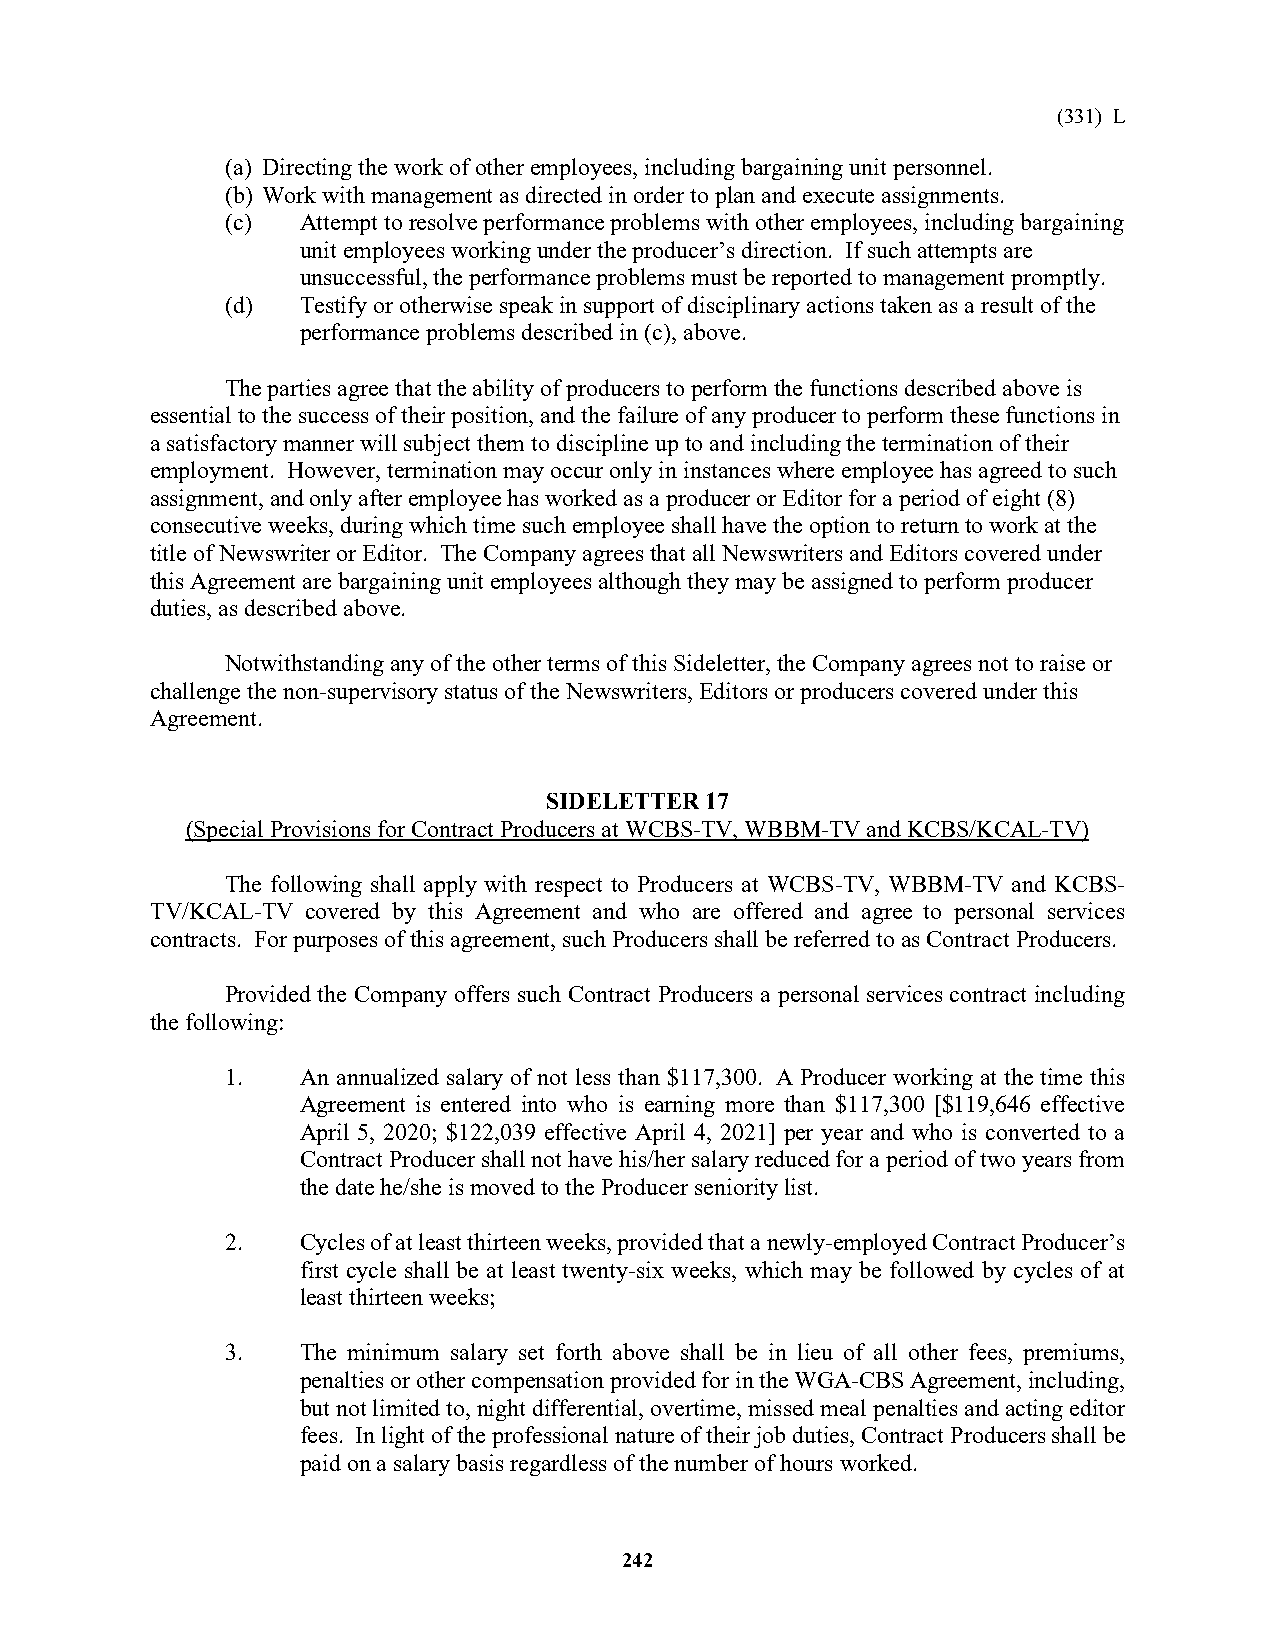
(331) L
 (a) Directing the work of other employees, including bargaining unit personnel.
 (b) Work with management as directed in order to plan and execute assignments.
 (c)  Attempt to resolve performance problems with other employees, including bargaining
 unit employees working under the producer’s direction. If such attempts are
 unsuccessful, the performance problems must be reported to management promptly.
 (d)  Testify or otherwise speak in support of disciplinary actions taken as a result of the
 performance problems described in (c), above.
 The parties agree that the ability of producers to perform the functions described above is
 essential to the success of their position, and the failure of any producer to perform these functions in
 a satisfactory manner will subject them to discipline up to and including the termination of their
 employment. However, termination may occur only in instances where employee has agreed to such
 assignment, and only after employee has worked as a producer or Editor for a period of eight (8)
 consecutive weeks, during which time such employee shall have the option to return to work at the
 title of Newswriter or Editor. The Company agrees that all Newswriters and Editors covered under
 this Agreement are bargaining unit employees although they may be assigned to perform producer
 duties, as described above.
 Notwithstanding any of the other terms of this Sideletter, the Company agrees not to raise or
 challenge the non-supervisory status of the Newswriters, Editors or producers covered under this
 Agreement.
 SIDELETTER 17
 (Special Provisions for Contract Producers at WCBS-TV, WBBM-TV and KCBS/KCAL-TV)
 The following shall apply with respect to Producers at WCBS-TV, WBBM-TV and KCBS-
 TV/KCAL-TV covered by this Agreement and who are offered and agree to personal services
 contracts. For purposes of this agreement, such Producers shall be referred to as Contract Producers.
 Provided the Company offers such Contract Producers a personal services contract including
 the following:
 1.   An annualized salary of not less than $117,300. A Producer working at the time this
 Agreement is entered into who is earning more than $117,300 [$119,646 effective
 April 5, 2020; $122,039 effective April 4, 2021] per year and who is converted to a
 Contract Producer shall not have his/her salary reduced for a period of two years from
 the date he/she is moved to the Producer seniority list.
 2.   Cycles of at least thirteen weeks, provided that a newly-employed Contract Producer’s
 first cycle shall be at least twenty-six weeks, which may be followed by cycles of at
 least thirteen weeks;
 3.   The minimum salary set forth above shall be in lieu of all other fees, premiums,
 penalties or other compensation provided for in the WGA-CBS Agreement, including,
 but not limited to, night differential, overtime, missed meal penalties and acting editor
 fees. In light of the professional nature of their job duties, Contract Producers shall be
 paid on a salary basis regardless of the number of hours worked.
 242